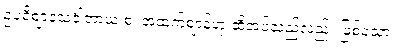
ဥပရိဈာနသင်္ခါတာယ စ၊ အထက်ဈာန်ဟု ဆိုအပ်သည်လည်း ဖြစ်သော။